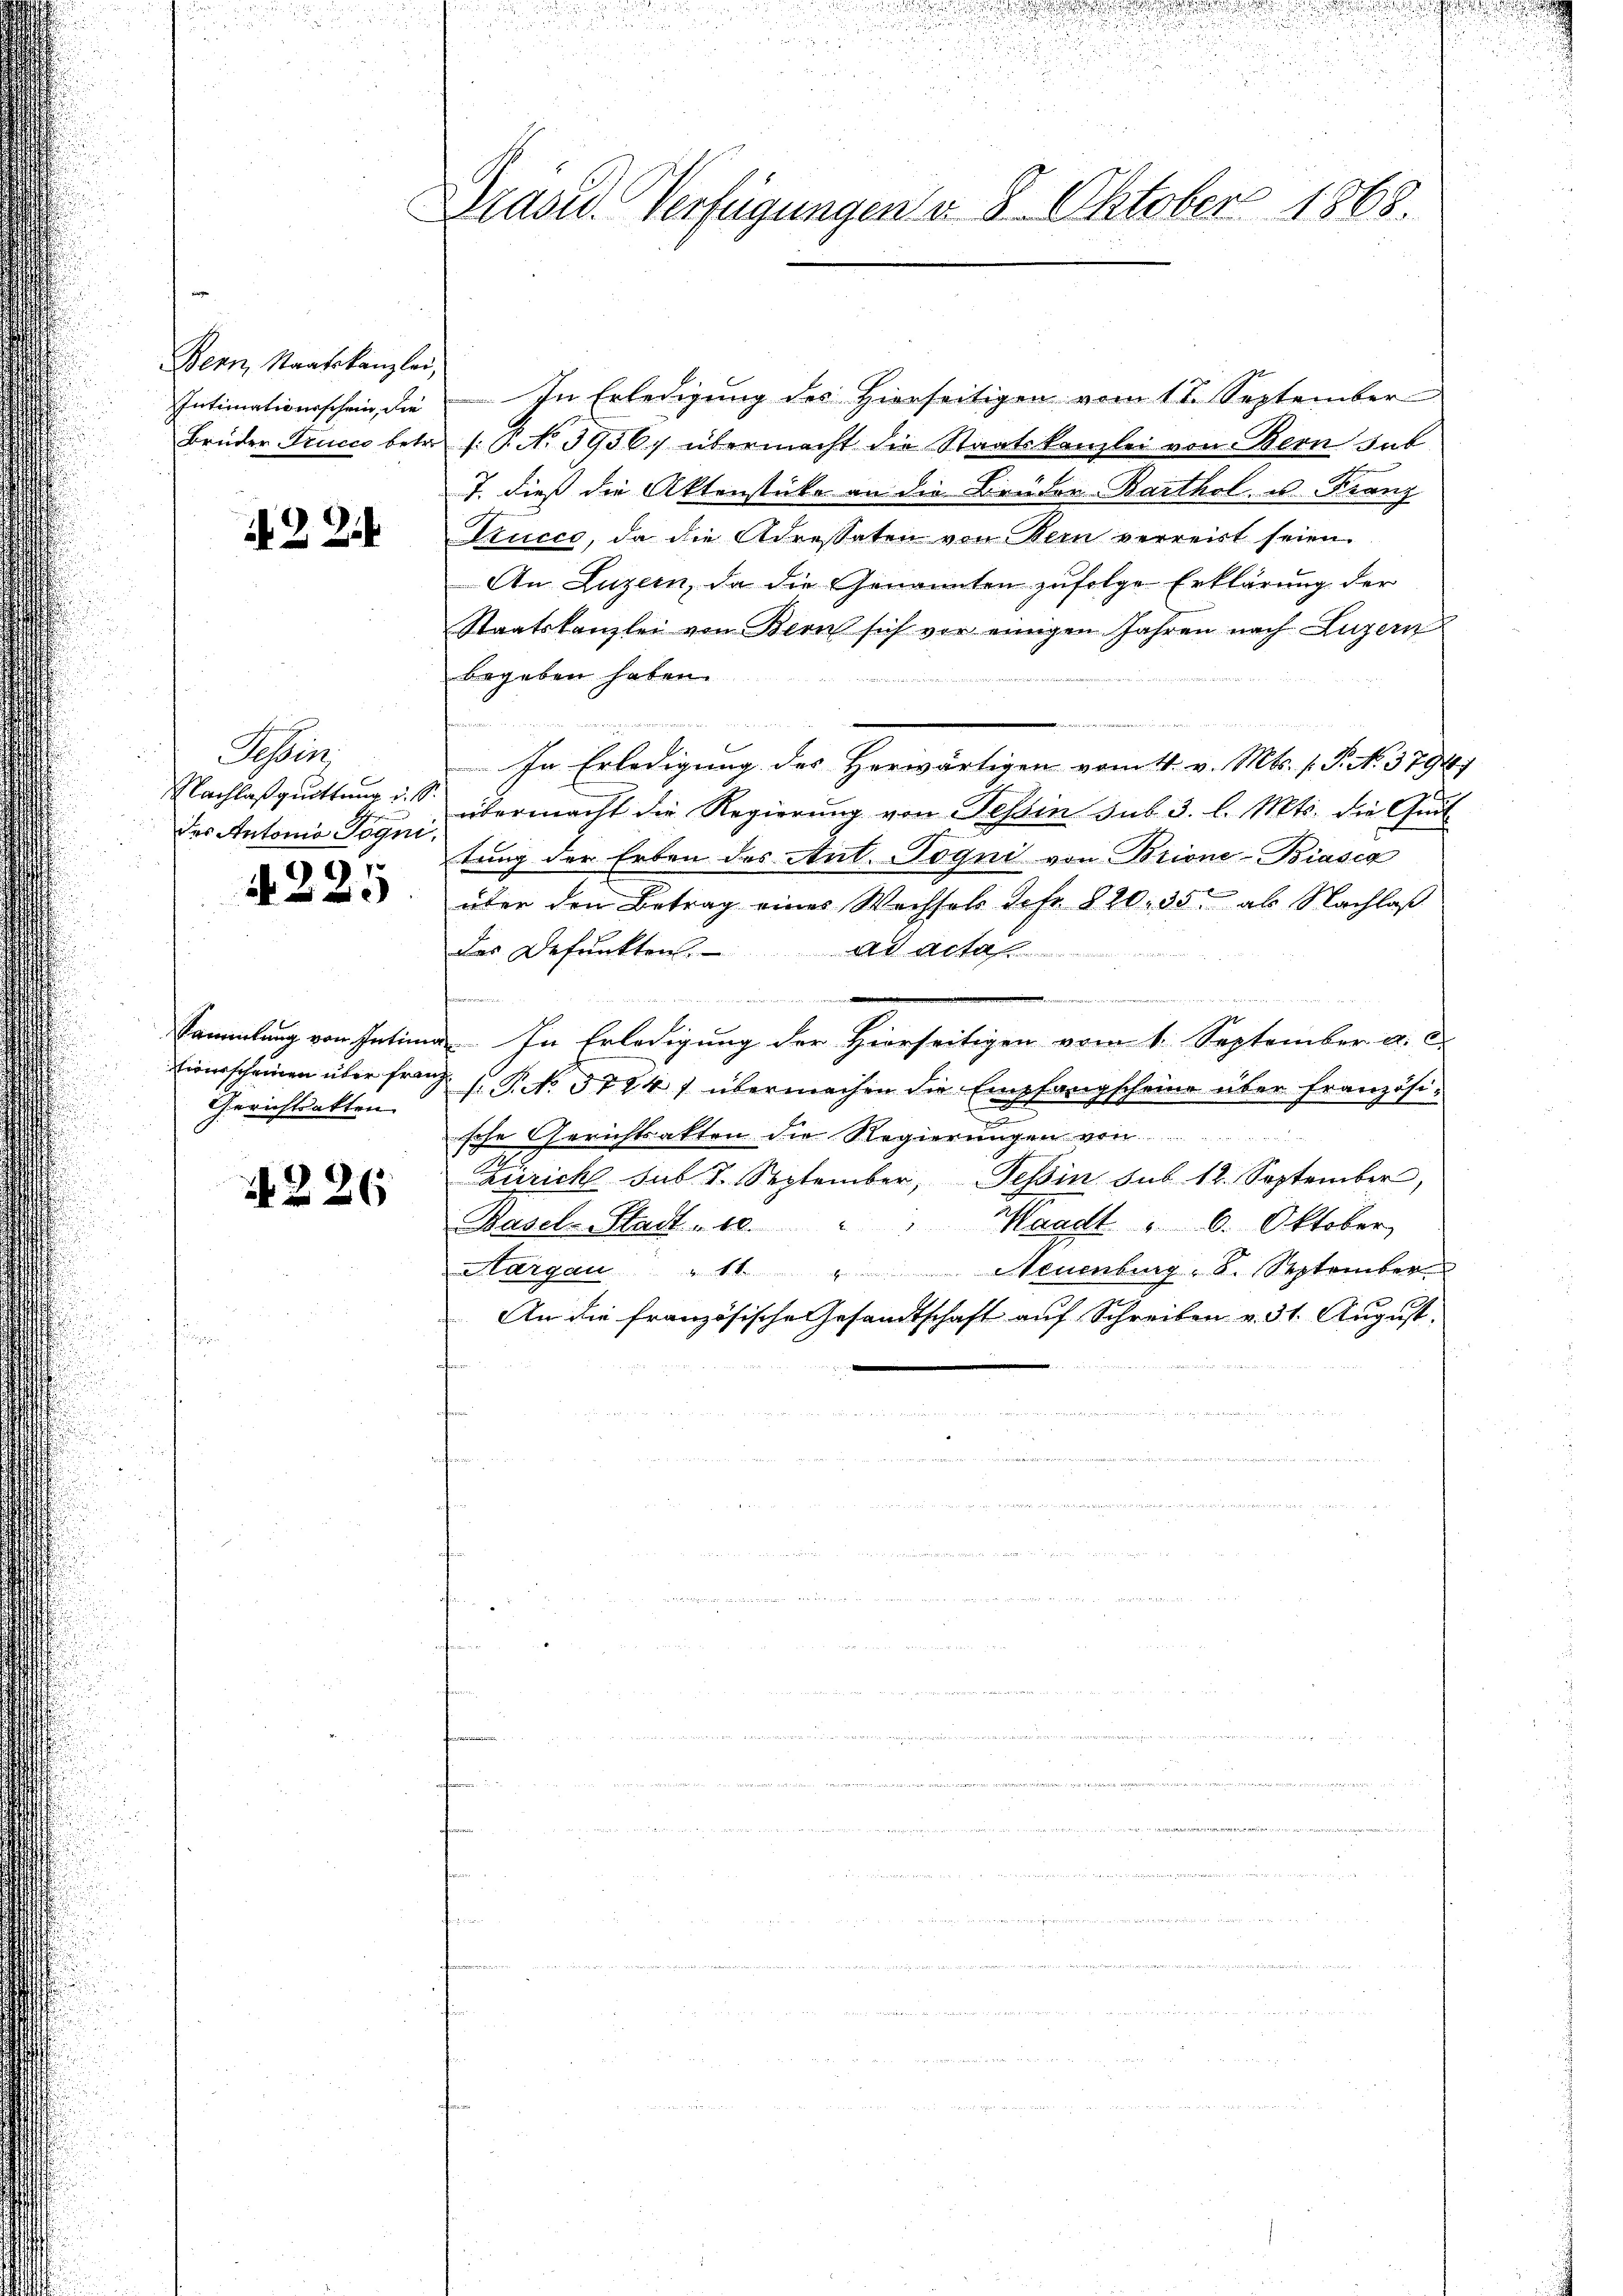
Bern, Staatskanzlei,
Intimationsschein, die
Brüder Trucco betr.

422.

Schin
Nachlaßquittung d. S.
des Antonio Poqui,
)

Sammlung von Intim
iischeinen über frau,
Gerichtsakten

226

Drasu. Verfügungen d. 8. Oktober 1868

In Erledigung des Hierseitigen vom 11. September
: No 3936, übermacht die Staatskanzlei von Bern sub
7. dieß die Aktenstücke an die Bruder-Barthol u. Franz
Stucco, da die Adressaten von Sein verreist seien.
An Luzern, da die Genannten zufolge Erklärung der
Staatskanzlei von Bern sich vor einigen Jahren nach Luzern
begeben haben.
¬
i
In Erledigung des Herwärtigen vom 4. v. Mts. (T. No. 3794)
übermacht die Regierung von Tessin sub. 3. l. Mts. die Gut
tung der Erben des Ant. Pogni von Brione-Biasca
über den Betrag eines Wechsels Jefr. 820. 35 als Nachlaß
des Defunkten.
Ad Acta

In Erledigung der Hierseitigen vom 1. September a.
.P. No. 3744 1 übermachen die Empfangscheine über französi-
u
sche Gerichtsakten die Regierungen von
Zürich sub 1. September, Tessin sub 12. September,
Basel-Stadt, 10 " " Waadt " 6. Oktober
Aargau " 11 " Neuenburg, S. September
An die französische Gesandtschaft auf Schreiben v. 31. August.